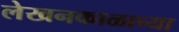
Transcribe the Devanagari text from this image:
लेखनकाळाच्या